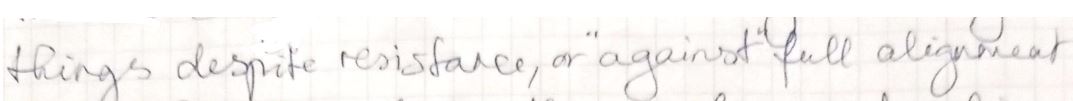
things despite resistance, or " against full alignment